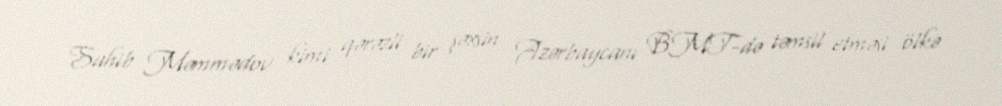
Sahib Məmmədov kimi qərəzli bir şəxsin Azərbaycanı BMT-də təmsil etməsi ölkə